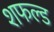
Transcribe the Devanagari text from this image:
शफल्ड